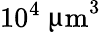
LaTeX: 10^{4}~{\upmu\mathrm{m}}^{3}